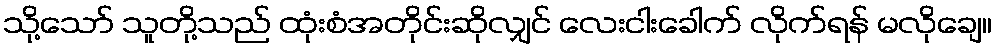
သို့သော် သူတို့သည် ထုံးစံအတိုင်းဆိုလျှင် လေးငါးခေါက် လိုက်ရန် မလိုချေ။